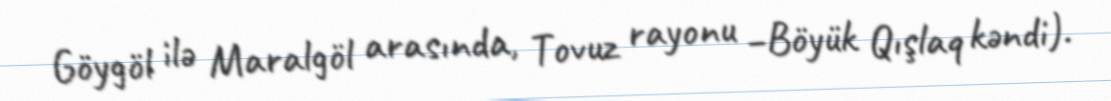
Göygöl ilə Maralgöl arasında, Tovuz rayonu –Böyük Qışlaq kəndi).